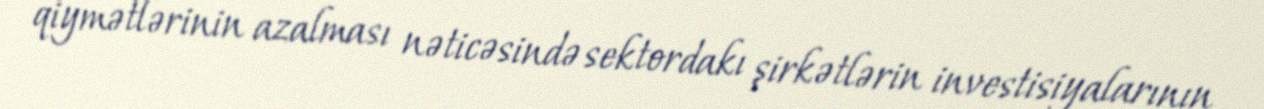
qiymətlərinin azalması nəticəsində sektordakı şirkətlərin investisiyalarının